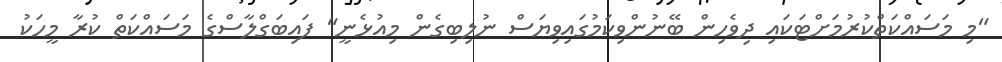
"މި މަސައްކަތްކުރުމަށްޓަކައި ދިވެހިން ބޭނުންވިކަމުގައިވިޔަސް ނުލިބިގެން މިއުޅެނީ" ފައިބަގްލާސްގެ މަސައްކަތް ކުރާ މީހަކު